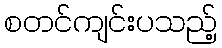
စတင်ကျင်းပသည့်